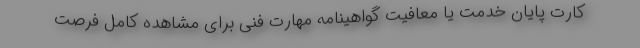
کارت پایان خدمت یا معافیت گواهینامه مهارت فنی برای مشاهده کامل فرصت